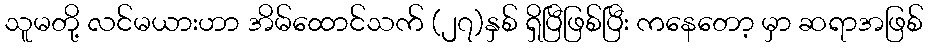
သူမတို့ လင်မယားဟာ အိမ်ထောင်သက် (၂၇)နှစ် ရှိပြီဖြစ်ပြီး ကနေတော့ မှာ ဆရာအဖြစ်